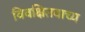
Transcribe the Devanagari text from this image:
विवक्षितवाच्य